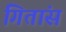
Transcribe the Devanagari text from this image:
गितांस